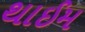
થાઈમ